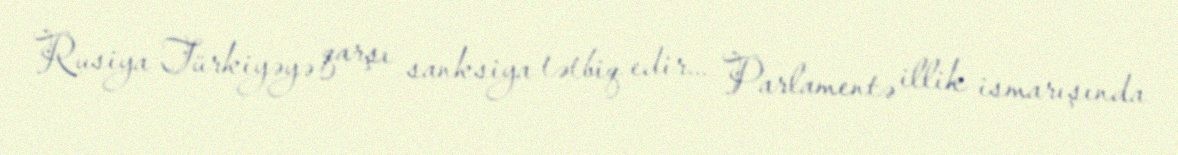
Rusiya Türkiyəyə qarşı sanksiya tətbiq edir... Parlamentə illik ismarışında